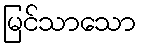
မြင်သာသော